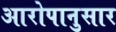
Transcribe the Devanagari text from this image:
आरोपानुसार